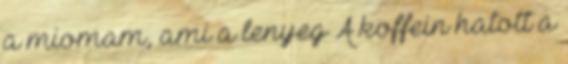
a miomam, ami a lenyeg A koffein hatott a